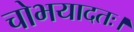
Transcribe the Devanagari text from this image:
चोभयादतः।